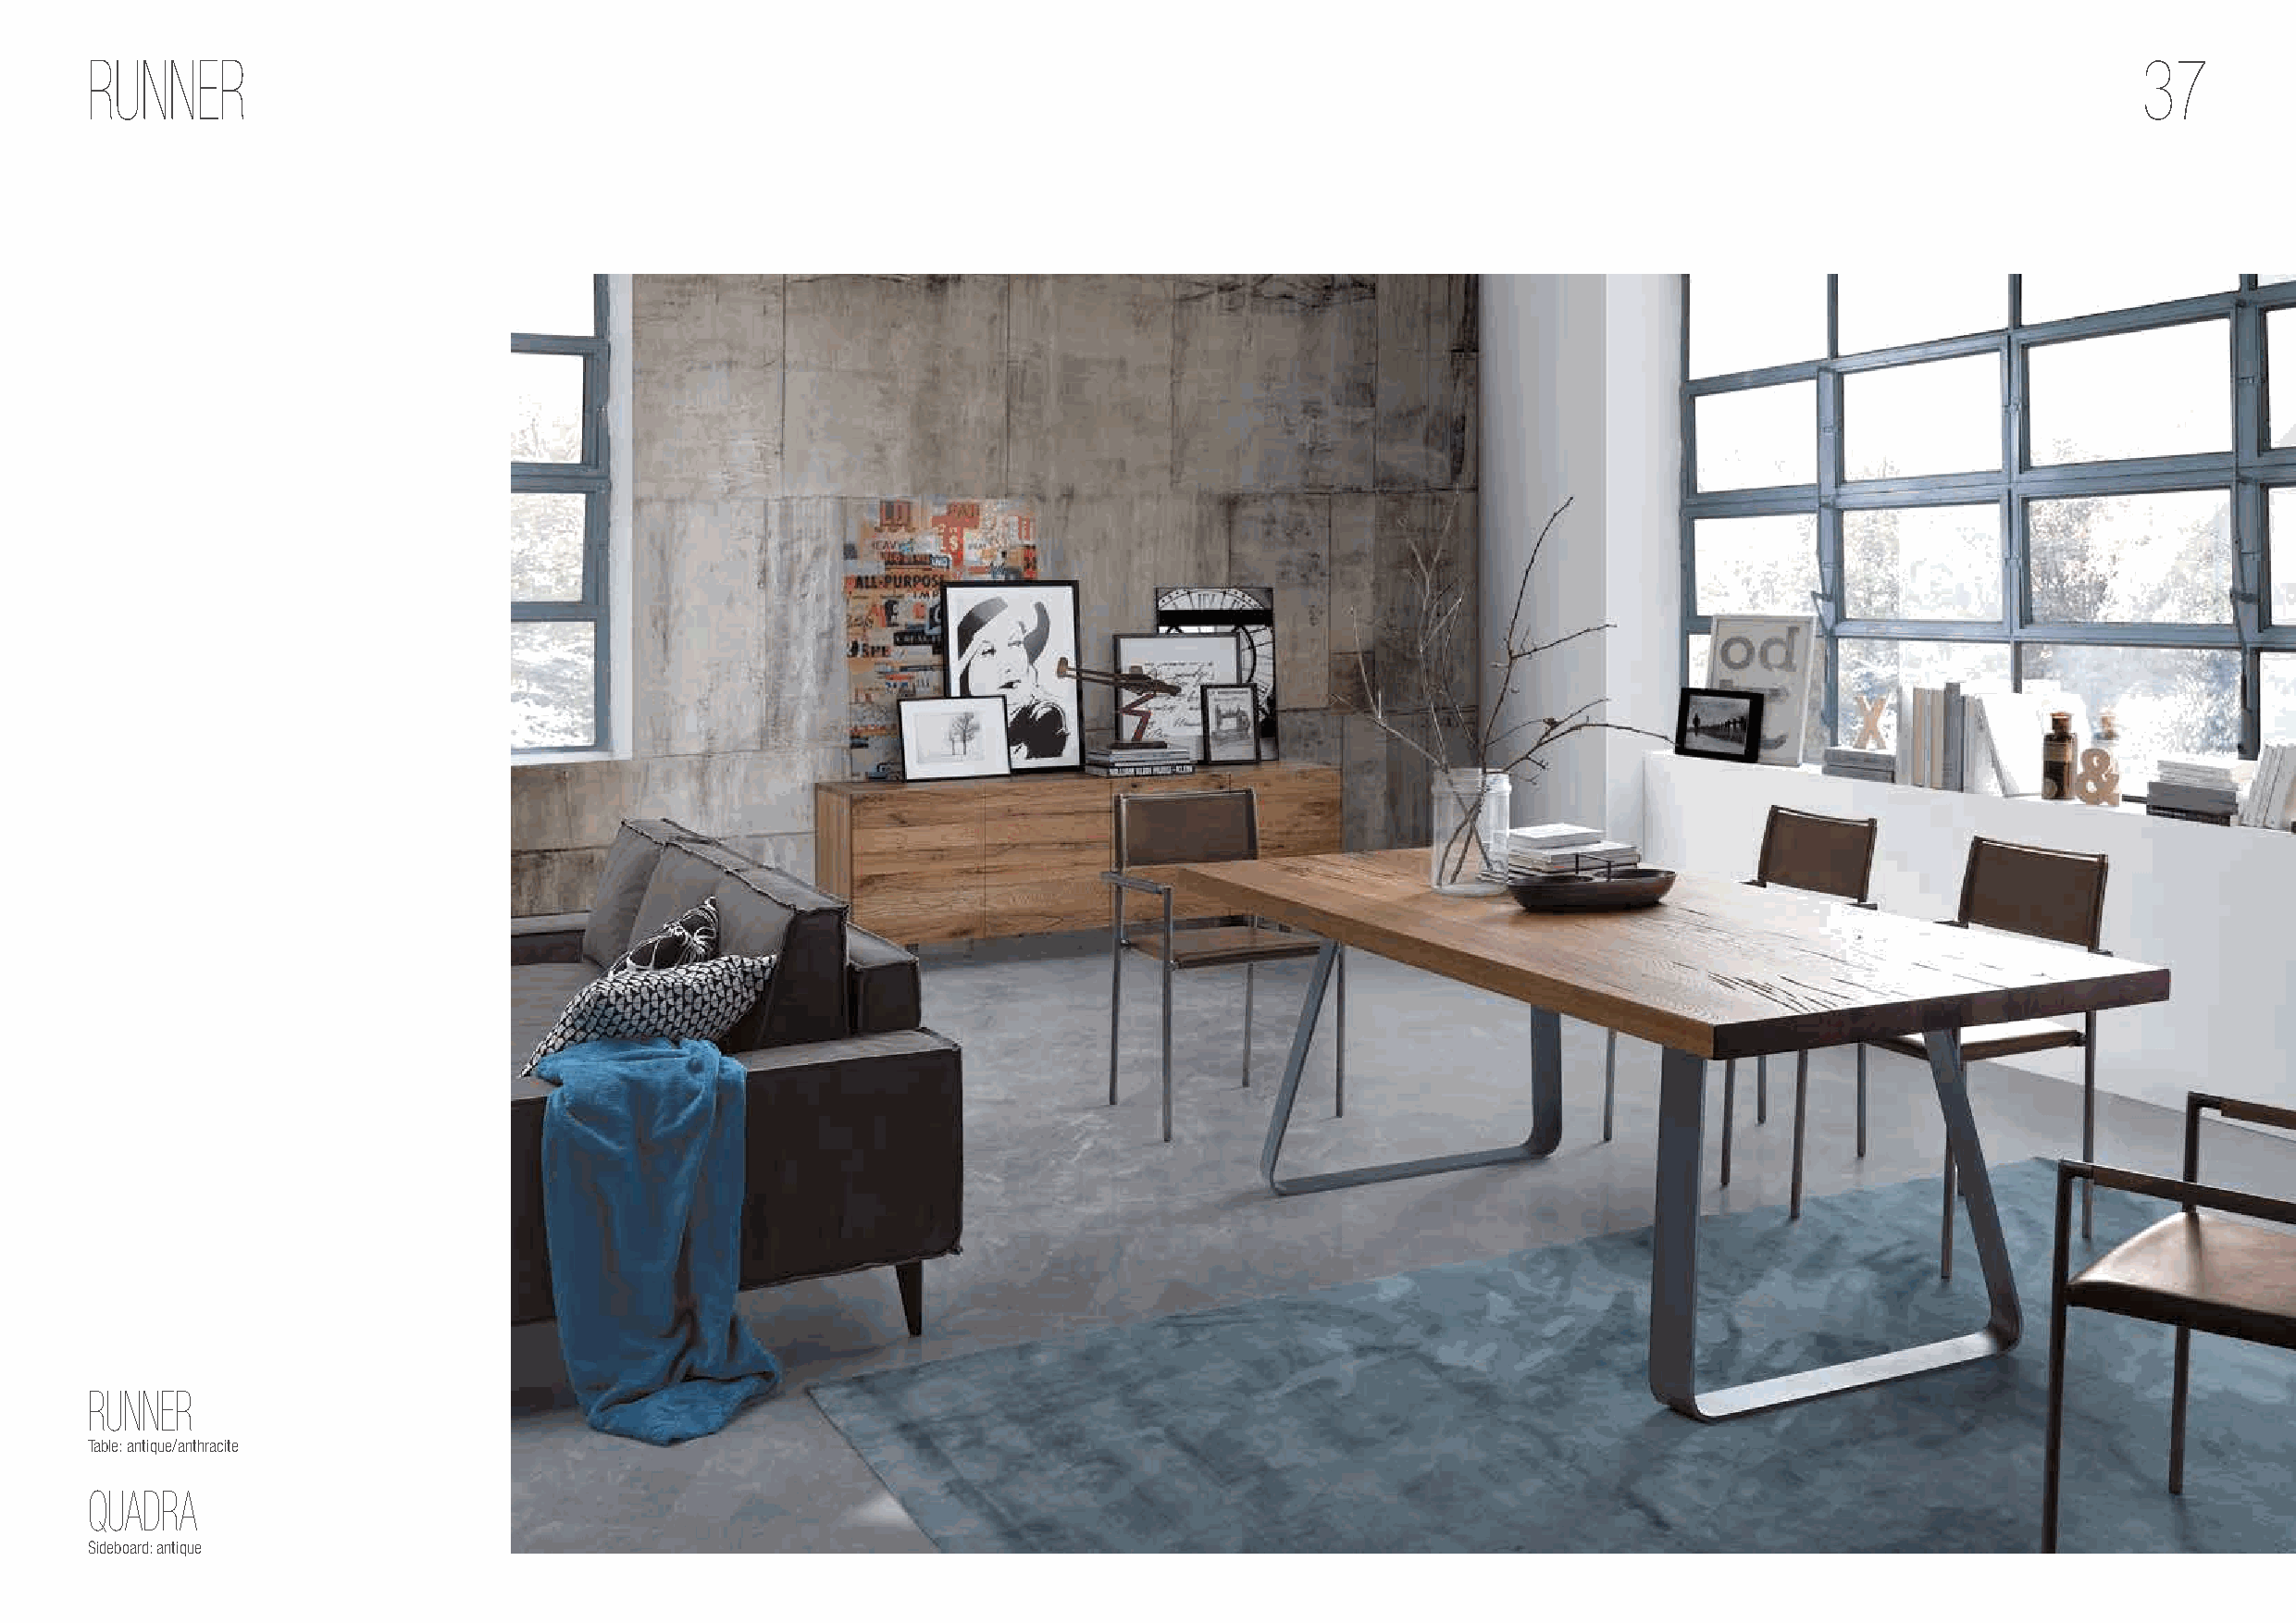
RUNNER                                                                                                                                             37
 RUNNER
 Table: antique/anthracite
 QUADRA
 Sideboard: antique